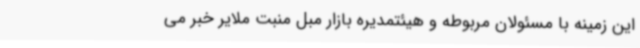
این زمینه با مسئولان مربوطه و هیئتمدیره بازار مبل منبت ملایر خبر می